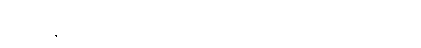
မြန်မာနိုင်ငံတွင် လေဖိအားများ လေထုတည်ရှိနေမှာဖြစ်လို့